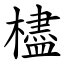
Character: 㯸